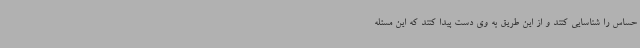
حساس را شناسایی کنند و از این طریق به وی دست پیدا کنند که این مسئله